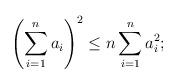
LaTeX: \begin{align*}\left(\sum^{n}_{i=1}a_{i}\right)^{2}\leq n\sum^{n}_{i=1}a_{i}^{2};\end{align*}